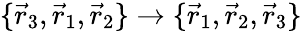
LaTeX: \{ \vec{r}_{3},\vec{r}_{1},\vec{r}_{2}\} \rightarrow\{ \vec{r}_{1},\vec{r}_{2},\vec{r}_{3}\}